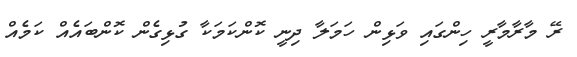
ރޭ މާރާމާރީ ހިންގައި ވަޅިން ހަމަލާ ދިނީ ކޮންކަމަކާ ގުޅިގެން ކޮންބައެއް ކަމެއް